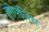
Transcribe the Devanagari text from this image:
लीपजिग